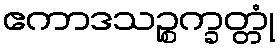
ဧကာဒသဉ္စက္ခတ္တုံ